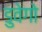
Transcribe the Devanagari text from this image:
डुवेगो